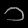
Digit: ၁